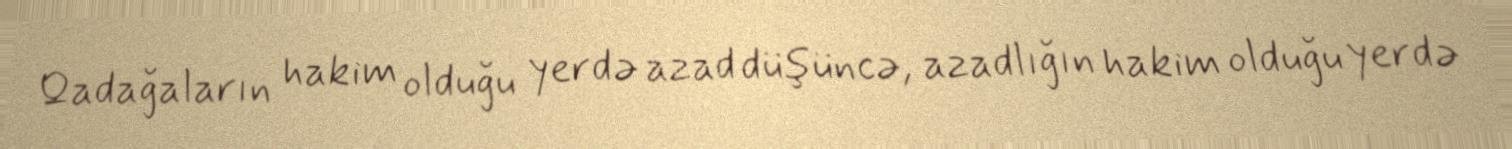
Qadağaların hakim olduğu yerdə azad düşüncə, azadlığın hakim olduğu yerdə